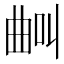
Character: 𣌺